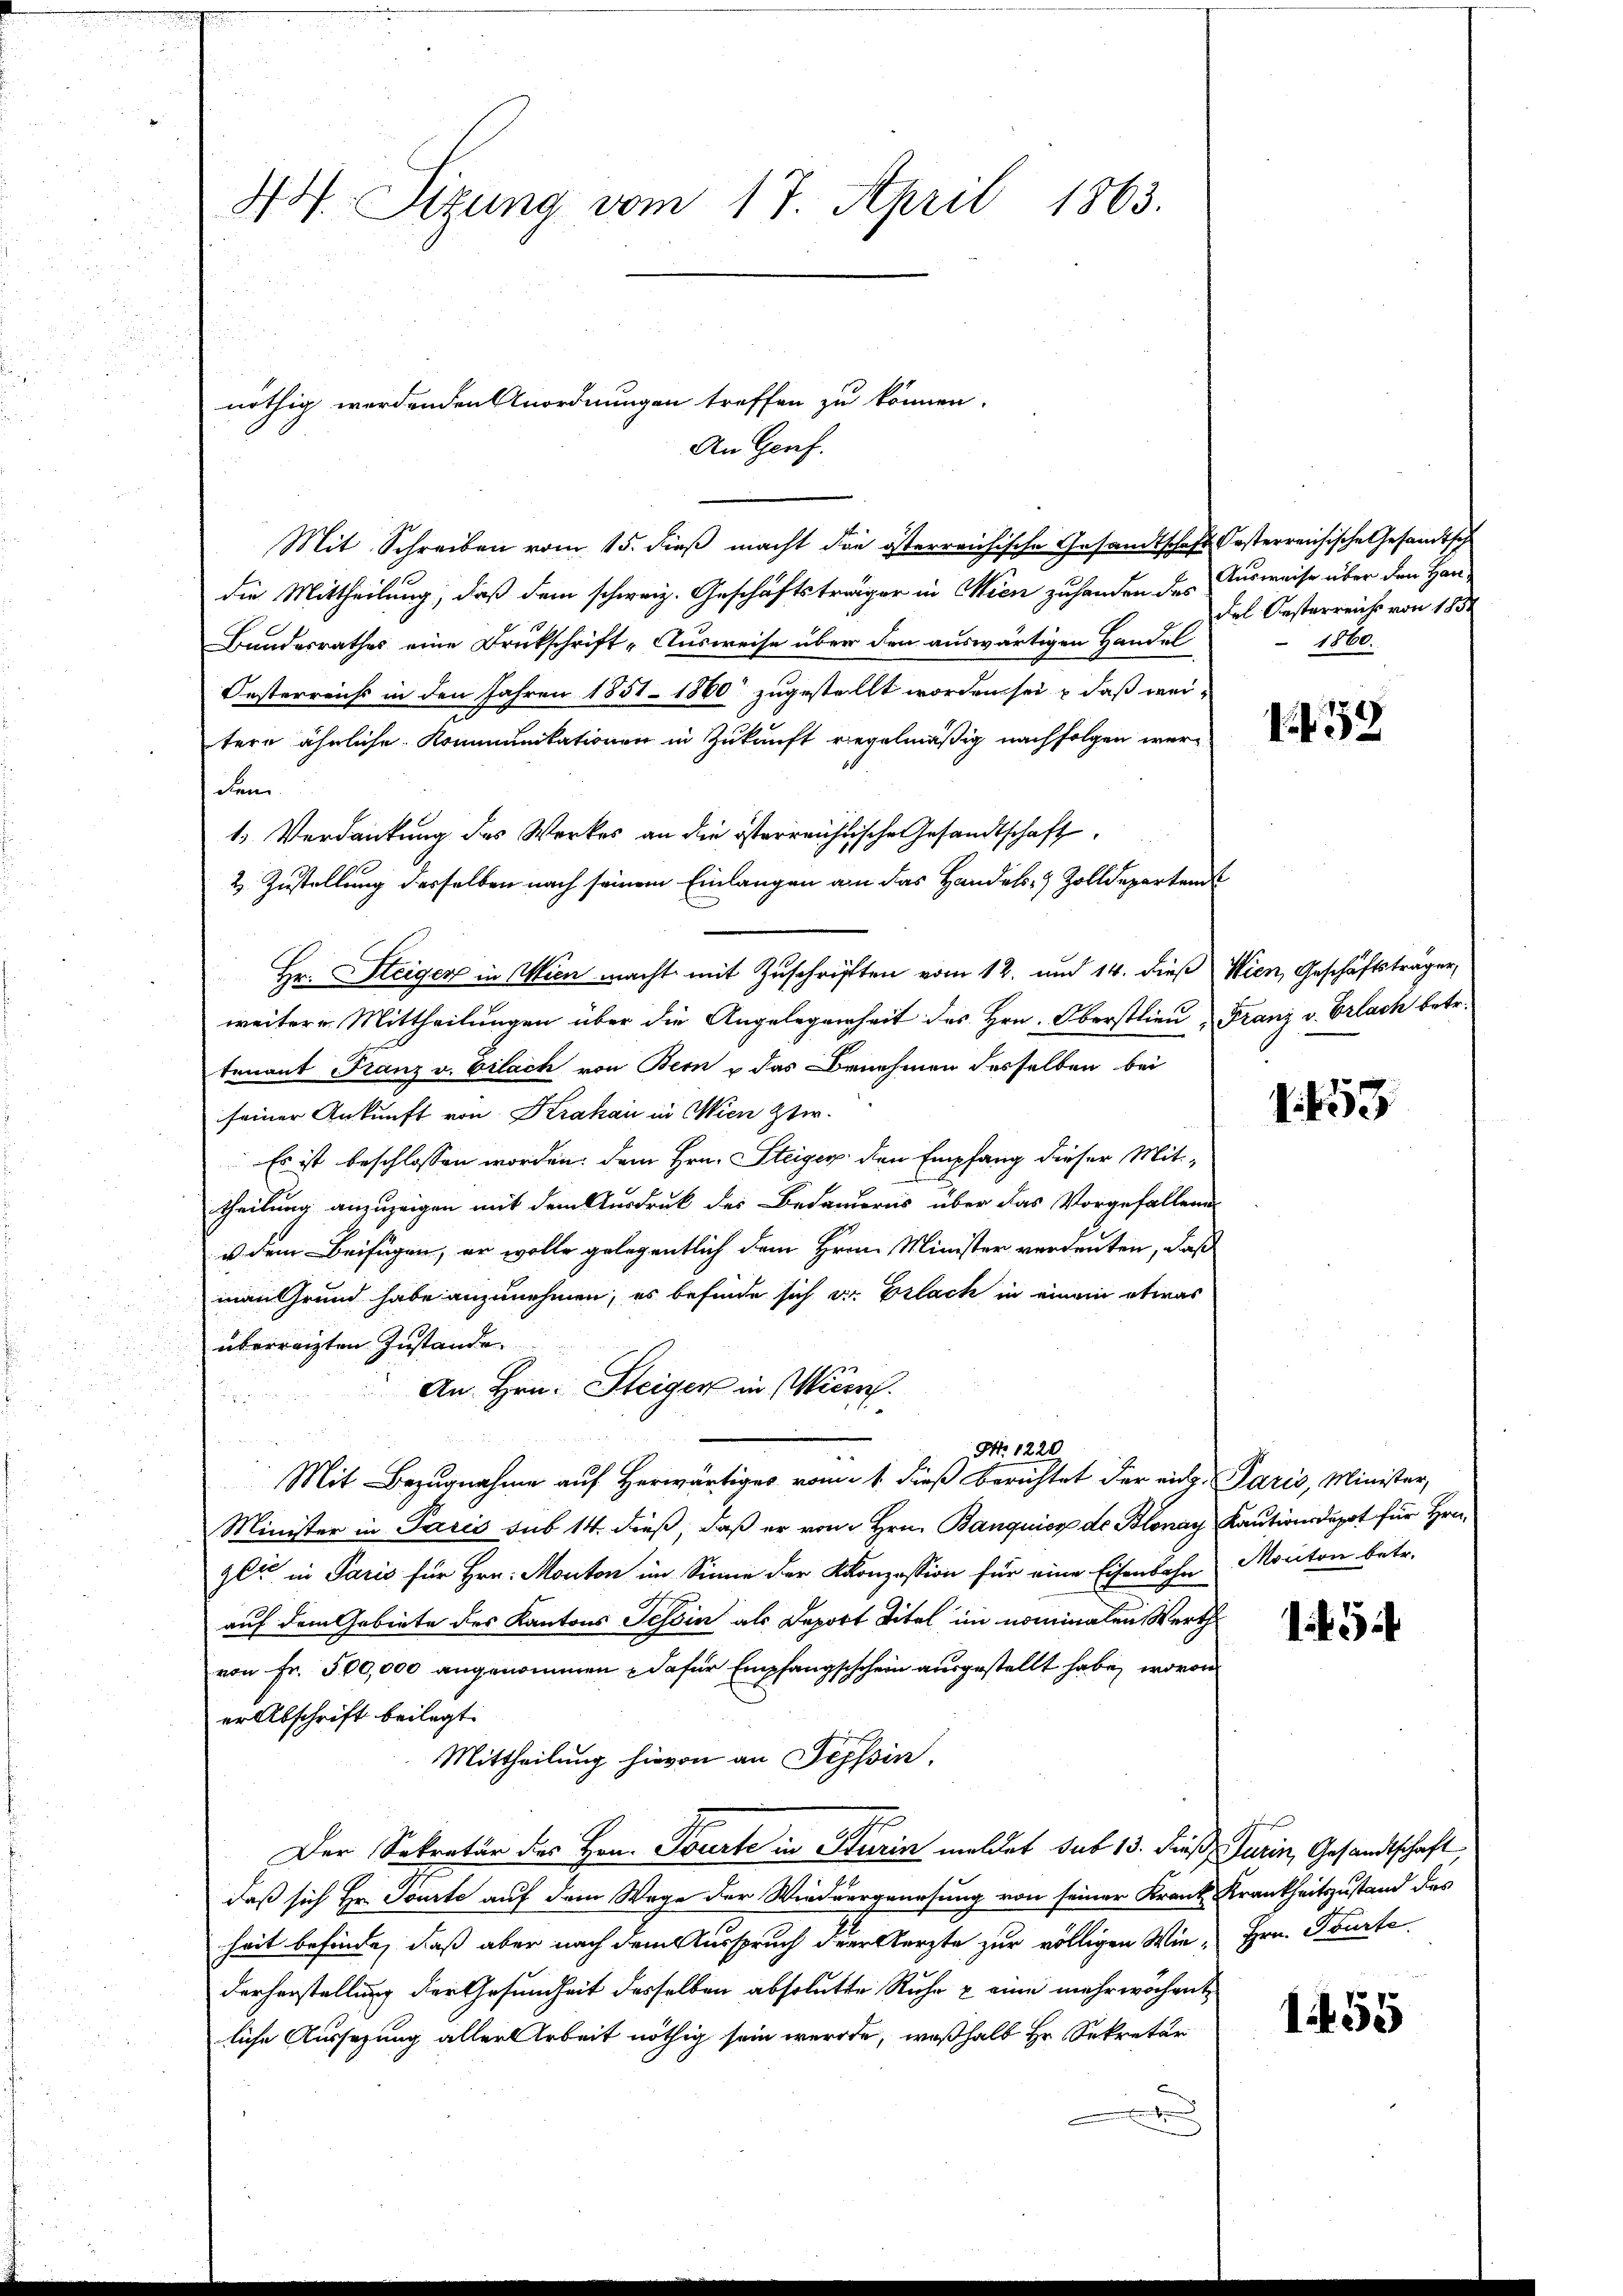
47. Sizung vom 17. April 1863.

An Genf.
Mit Schreiben vom 15. dieß macht die österreichische Gesandtschaft Kosterreichische Gesandtsch
die Mittheilung, daß dem schweiz. Geschäftsträger in Wien zuhanden des
Bundesrathes eine Drukschrift „Ausweise über den auswärtigen Handel
Oesterreichs in den Jahren 1851 - 1860 zugestellt worden sei & daß weitere ähnliche Kommunikationen in Zukunft regelmäßig nachfolgen werdem
1. Verdankung des Werkes an die österreichische Gesandtschaft
2 Zustellung desselben nach seinem Einlangen an das Handels- Zolldeparten
Hr. Steiger in Wien macht mit Zuschriften vom 12. und 14. dieß Wien, Geschäftsträger,
weitere Mittheilungen über die Angelegenheit des Hrn. Oberstlieu
tenant Franz v. Vilach von Bern & das Benehmen desselben bei
seiner Ankunft von Krakau in Wien Ster-
Es ist beschlossen worden. Dem Hrn. Steiger den Empfang dieser Mit-
d
theilung anzuzeigen mit dem Ausdruck des Bedauerns über das Vorgefallend
u dem Beifügen, er wolle gelegentlich dem Hrn. Minister verdeuten, daß
man Grund habe anzunehmen, es befinde sich er Erlach in einem etwas
überreizten Zustande
An Hrn. Steiger in Wien.

Nr. 1220.
Mit Bezugnahme auf Herwärtiges vom 1. dieß berichtet der eidg. Paris, Minister,
Minister in Paris sub 14. dieß, daß er von Hrn. Banquier de Blonay
gli in Paris für Hrn. Monton im Sinne der Konzession für eine Eisenbahn
auf dem Gebiete des Kantons Tessin als Deport Titel im nominalen Werth
von Fr. 500,000 angenommen, dafür Empfangschchein ausgestellt habe, wovon
er Abschrift beilegt.
Mittheilung hievon an Tessin.
Der Sekretär des Hrn. Tourte in Sturin meldet sub 13. dieß, Turin, Gesandtschaft
daß sich Hr. Tourte auf dem Wege der Wiedergrüesung von seiner Krank Krankheitszustand des
heit befinde, daß aber nach dem Ausspruch der Aerzte zur völligen Wie- Hrn. Tourte
derherstellung der Gesundheit desselben absolutte Ruhe u eine mehr wöchent
liche Aussetzung aller Arbeit nöthig sein werde, weßhalb Hr. Sekretär

nöthig werdenden Anordnungen treffen zu können.

Ausweise über den Han¬
Fel Oesterreichs von 1852
1860.

32

Franz v. Erlach betr.

1. 453

Kautionsduppt für Hrn.
Monton betr.

454

1455